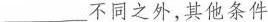
___不同之外，其他条件